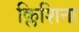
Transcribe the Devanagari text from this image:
क्लिशिना